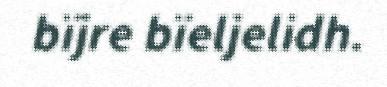
bïjre bïeljelidh.